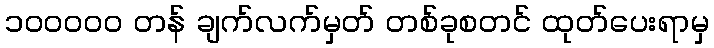
၁၀၀၀၀၀ တန် ချက်လက်မှတ် တစ်ခုစတင် ထုတ်ပေးရာမှ